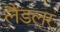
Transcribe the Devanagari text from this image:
लैंडलर